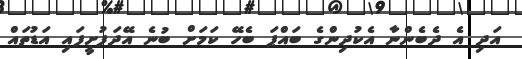
އަދި އެ ދެެބެންނާ އެކުދިންގެ ބައްޕަ ބެހޭ ކަމަށް ބުނެ އޭދަފުށީފައި އަޑުތައް